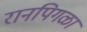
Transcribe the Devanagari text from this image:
रानपिगळा